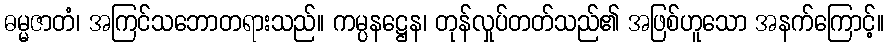
ဓမ္မဇာတံ၊ အကြင်သဘောတရားသည်။ ကမ္ပနဋ္ဌေန၊ တုန်လှုပ်တတ်သည်၏ အဖြစ်ဟူသော အနက်ကြောင့်။